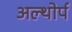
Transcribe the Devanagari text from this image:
अल्थोर्प